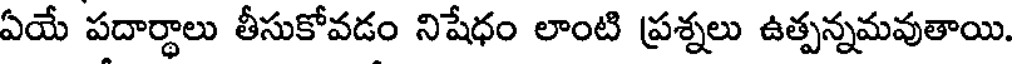
ఏయే పదార్థాలు తీసుకోవడం నిషేధం లాంటి ప్రశ్నలు ఉత్పన్నమవుతాయి.